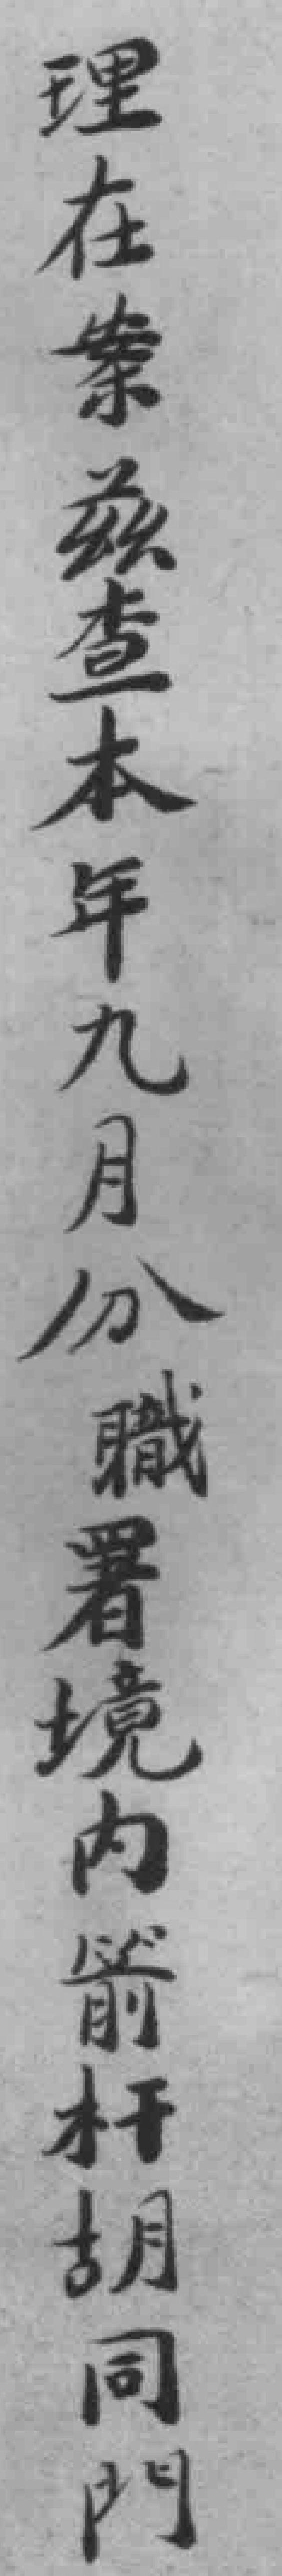
理在案兹查本年九月分職署境內箭杆胡同門